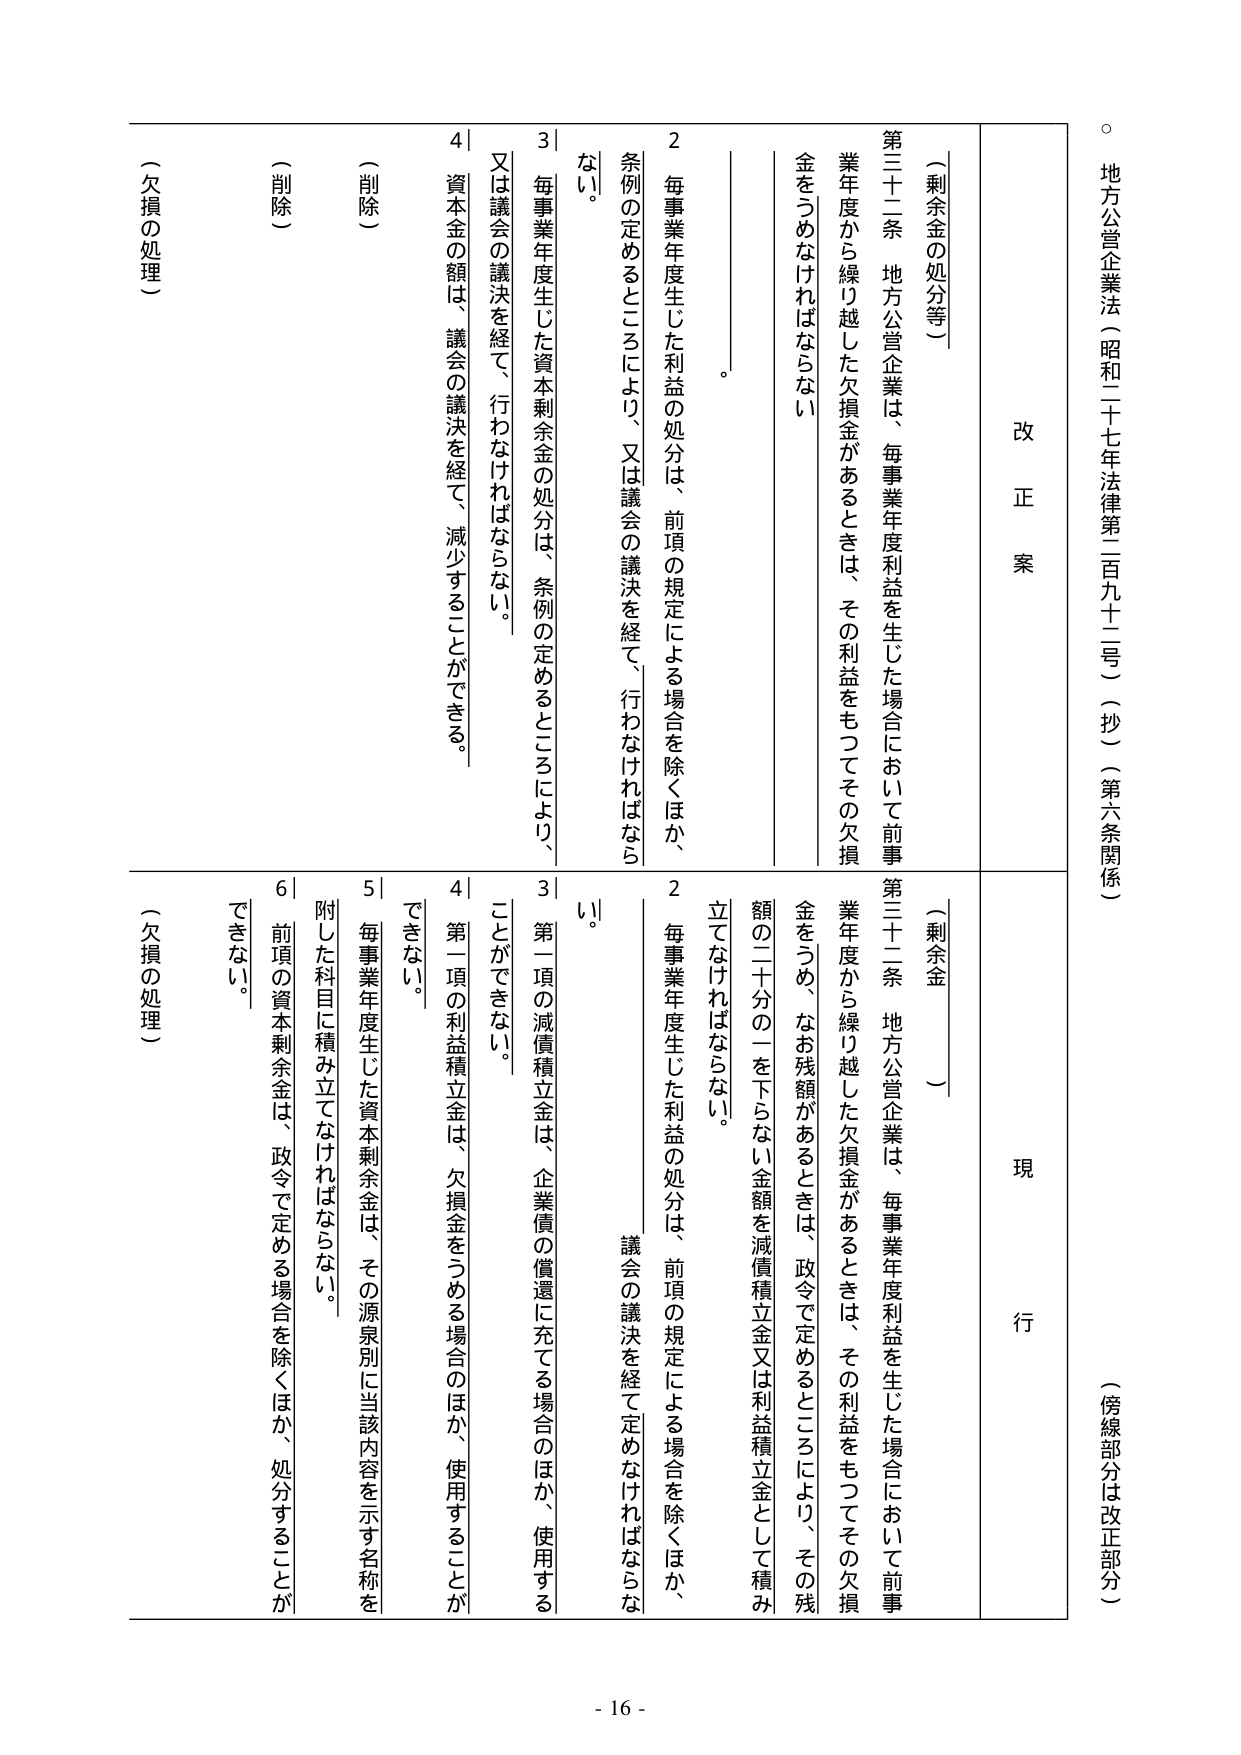
地方公営企業法（昭和二十七年法律第二百九十二号）（抄）（第六条関係）

（傍線部分は改正部分）

改正案

（剰余金の処分等）

第三十二条 地方公営企業は、毎事業年度利益を生じた場合において前事業年度から繰り越した欠損金があるときは、その利益をもってその欠損金をうめなければならない。

２ 毎事業年度生じた利益の処分は、前項の規定による場合を除くほか、条例の定めるところにより、又は議会の議決を経て、行わなければならない。

３ 毎事業年度生じた資本剰余金の処分は、条例の定めるところにより、又は議会の議決を経て、行わなければならない。

４ 資本金の額は、議会の議決を経て、減少することができる。

（削除）

（削除）

（欠損の処理）

現行

（剰余金）

第三十二条 地方公営企業は、毎事業年度利益を生じた場合において前事業年度から繰り越した欠損金があるときは、その利益をもってその欠損金をうめ、なお残額があるときは、政令で定めるところにより、その残額の二十分の一を下らない金額を減債積立金又は利益積立金として積み立てなければならない。

２ 毎事業年度生じた利益の処分は、前項の規定による場合を除くほか、議会の議決を経て定めなければならない。

３ 第一項の減債積立金は、企業債の償還に充てる場合のほか、使用することができない。

４ 第一項の利益積立金は、欠損金をうめる場合のほか、使用することができない。

５ 毎事業年度生じた資本剰余金は、その源泉別に当該内容を示す名称を附した科目に積み立てなければならない。

６ 前項の資本剰余金は、政令で定める場合を除くほか、処分することができない。

（欠損の処理）

- 16 -